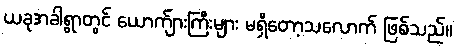
ယခုအခါရွာတွင် ယောက်ျားကြီးများ မရှိတော့သလောက် ဖြစ်သည်။